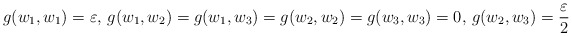
\begin{align*}g(w_1,w_1)=\varepsilon,\, g(w_1,w_2)=g(w_1,w_3)=g(w_2,w_2)=g(w_3,w_3)=0,\,g(w_2,w_3)=\frac\varepsilon 2 \end{align*}